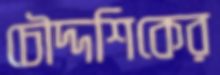
চৌদ্দশিকের